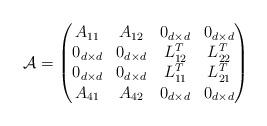
LaTeX: \begin{align*}\mathcal{A}=\begin{pmatrix}A_{11} & A_{12} & 0_{d\times d} & 0_{d\times d}\\0_{d\times d} & 0_{d\times d} & L_{12}^T & L_{22}^T\\0_{d\times d} & 0_{d\times d} & L_{11}^T & L_{21}^T\\A_{41} & A_{42} & 0_{d\times d} & 0_{d\times d}\end{pmatrix}\end{align*}